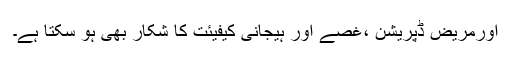
اورمریض ڈپریشن ،غصے اور ہیجانی کیفیئت کا شکار بھی ہو سکتا ہے۔